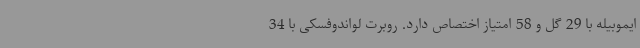
ایموبیله با 29 گل و 58 امتیاز اختصاص دارد. روبرت لواندوفسکی با 34